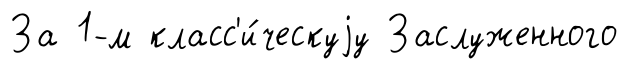
За 1-м класс'и́ческуjу Заслуженного